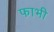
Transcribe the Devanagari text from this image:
फाभी